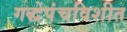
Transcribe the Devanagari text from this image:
गद्धेपंचविशीत